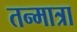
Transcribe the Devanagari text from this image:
तन्मात्रा